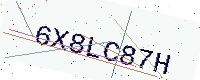
Text: 6X8LC87H